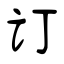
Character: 订